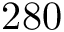
2 8 0